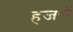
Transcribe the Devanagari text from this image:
हजरों